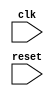
module APBBusController (
    input wire clk,
    input wire reset,
    // Add input and output ports here as needed
);

    // Add your Verilog code here

endmodule